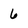
Character: 6